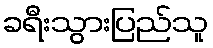
ခရီးသွားပြည်သူ